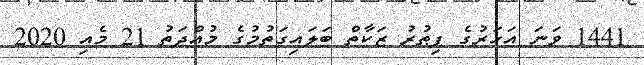
1441 ވަނަ އަހަރުގެ ފިޠުރު ޒަކާތް ބަލައިގަތުމުގެ މުއްދަތު 21 މެއި 2020